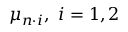
\mu _ { n \cdot i } , ~ i = 1 , 2